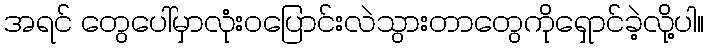
အရင် တွေပေါ်မှာလုံးဝပြောင်းလဲသွားတာတွေကိုရှောင်ခဲ့လို့ပါ။